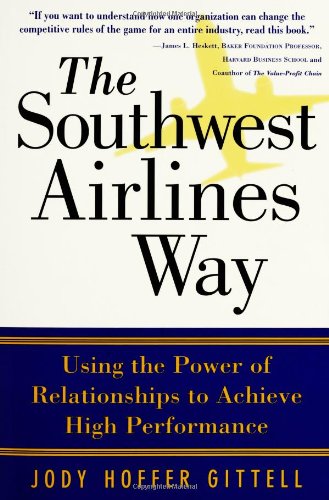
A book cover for The Southwest Airlines Way; Jody Hoffer Gittell; Travel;